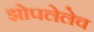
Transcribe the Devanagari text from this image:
झोपलेलेच